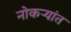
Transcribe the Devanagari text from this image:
नोकऱ्यांत